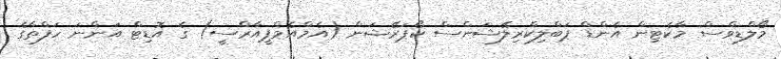
މޯލްޑިވްސް މާކެޓިން އެންޑް ޕަބްލިކްރިލޭޝަންސް ކޯޕަރޭޝަން (އެމްއެމްޕީއާރްސީ) ގެ އޮޑިޓް އަންނަ ހަފްތާާގެ